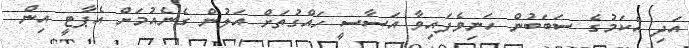
އަދި އެކަމުގެ ސަބަބުން ހަނިވެފައިވާ އަސާސީ ހައްގުތަށް އަލުން ގެނެއުމަށް އެޕާޓީ އިން